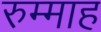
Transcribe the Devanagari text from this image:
रुम्माह